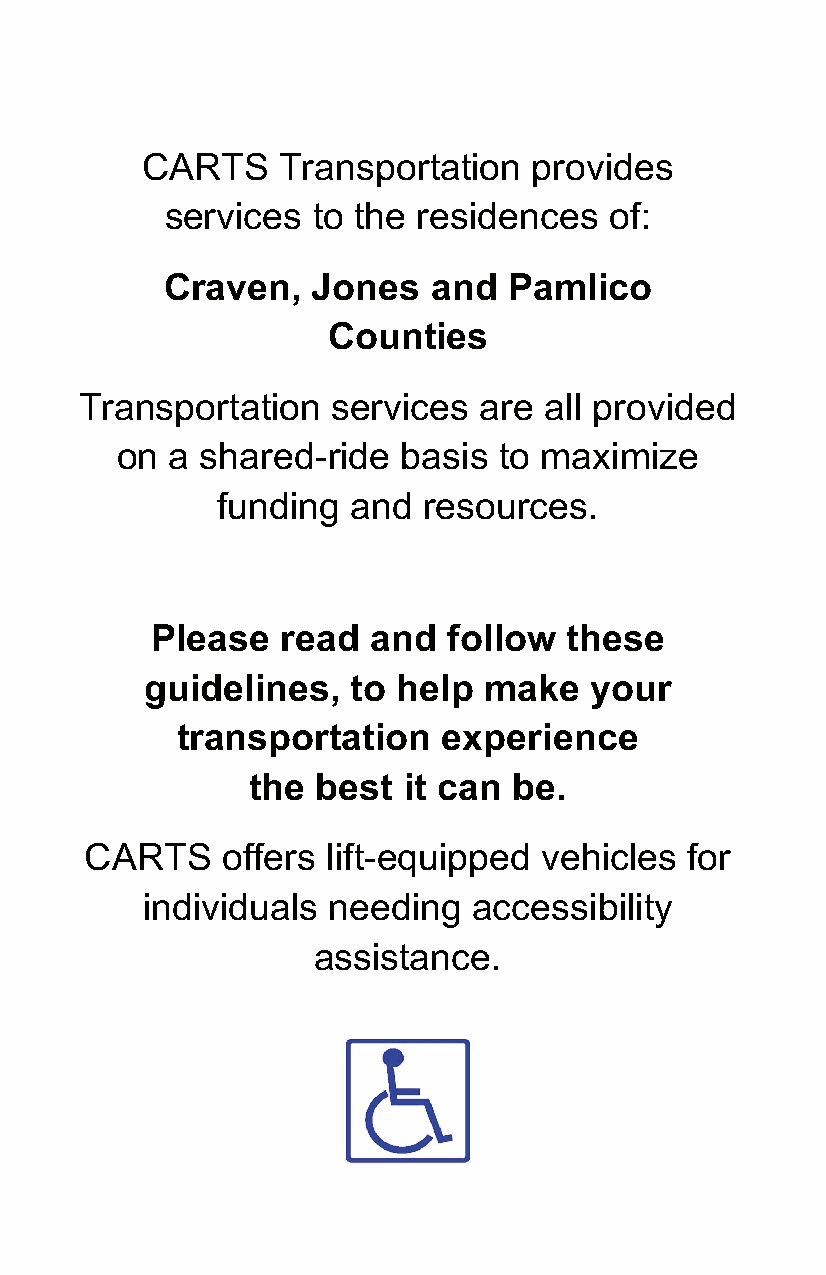
C ARTS   Transportation   provides
 services  to the residences  of:
 PUBLIC  TRANSPORTATION
 Craven,   Jones  and   Pamlico
 Craven      Area     Rural
 Counties
 Transit     System
 Transportation   services  are all provided
 on a shared-ride  basis  to maximize
 funding  and  resources.
 Please   read and   follow these
 guidelines,  to help  make   your
 transportation   experience
 the  best  it can be.                                       252-636-4917
 CARTS    offers lift-equipped vehicles for                    HEARING   IMPAIRED   NC  RELAY
 individuals  needing  accessibility                                   NUMBER
 assistance.                                   1-800-735-2962    OR  DIAL  7-1-1
 E-mail:carts@cravencountync.gov
 https://www.cravencountync.gov
 Twitter name:  CARTS    of CJP